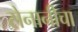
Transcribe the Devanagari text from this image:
सेनानीचा